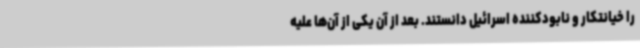
را خیانتکار و نابودکننده اسرائیل دانستند. بعد از آن یکی از آن‌ها علیه